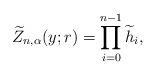
LaTeX: \begin{align*}\widetilde{Z}_{n,\alpha}(y;r) = \prod_{i=0}^{n-1} \widetilde{h}_i,\end{align*}